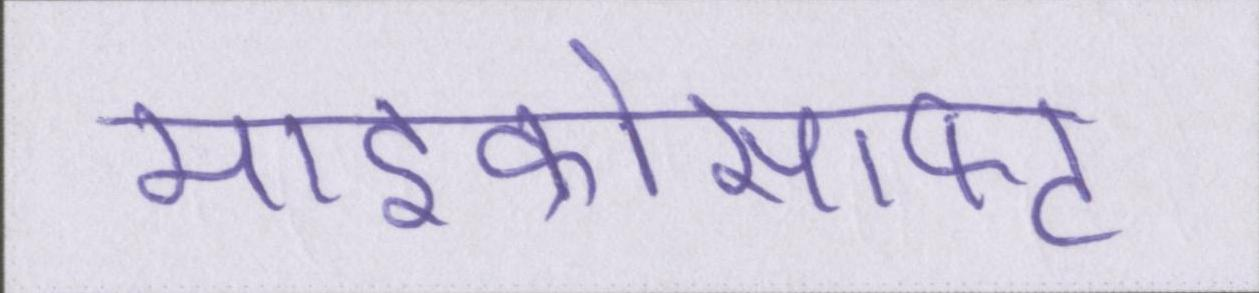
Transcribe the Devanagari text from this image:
माइक्रोसाफ्ट